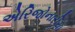
એરિજોનારીયા